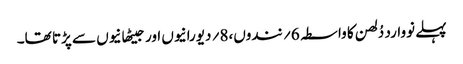
پہلے نووارد دُلھن کا واسطہ 6؍ نندوں،8؍ دیورانیوں اور جیٹھانیوں سے پڑتا تھا۔